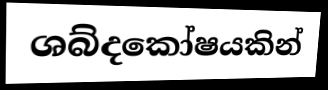
ශබ්දකෝෂයකින්